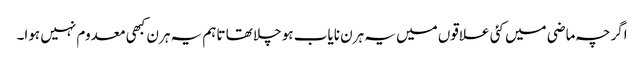
اگرچہ ماضی میں کئی علاقوں میں یہ ہرن نایاب ہو چلا تھا تاہم یہ ہرن کبھی معدوم نہیں ہوا۔